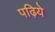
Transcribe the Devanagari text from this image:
पढ़िये